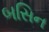
બસિન